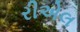
રીએલ